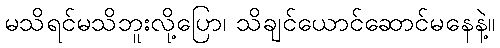
မသိရင်မသိဘူးလို့ပြော၊ သိချင်ယောင်ဆောင်မနေနဲ့။